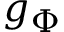
g _ { \Phi }